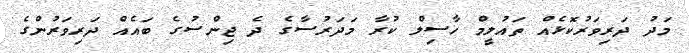
މަދު ދަރިވަރުކޮޅެއް ތައުލީމް ހާސިލް ކުރާ މަދަރުސާގެ ދެ ޖިންސުގެ ބައެއް ދަރިވަރުންގެ